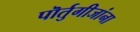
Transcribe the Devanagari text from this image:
पॊर्तुगीजांना